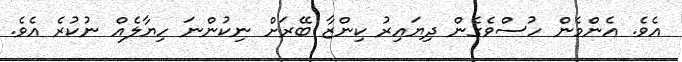
އެވެ. އެންމެން ހުސްވެގެން ދިޔައިރު ކިންޒާ ބޭރަށް ނިކުންނަ ހިޔާލެއް ނުކުރެ އެވެ.